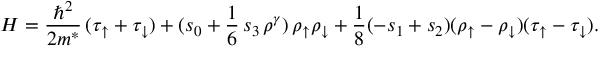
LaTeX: { \cal H } = \frac { \hbar ^ { 2 } } { 2 m ^ { * } } \, ( \tau _ { \uparrow } + \tau _ { \downarrow } ) + ( s _ { 0 } + \frac { 1 } { 6 } \, s _ { 3 } \, \rho ^ { \gamma } ) \, \rho _ { \uparrow } \rho _ { \downarrow } + \frac { 1 } { 8 } ( - s _ { 1 } + s _ { 2 } ) ( \rho _ { \uparrow } - \rho _ { \downarrow } ) ( \tau _ { \uparrow } - \tau _ { \downarrow } ) .